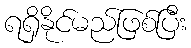
ရရှိနိုင်မည်ဖြစ်ပြီး